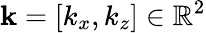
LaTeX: \mathbf{k}=[k_{x},k_{z}]\in\mathbb{R}^{2}